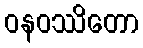
ဝနဝဿိတော